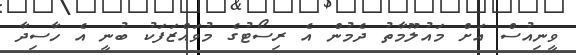
ވީނިއުސް އަށް މައުލޫމާތު ދެމުން އެ ރިސޯޓުގެ މުވައްޒަފަކު ބުނީ އެ ހާސިދާ